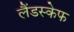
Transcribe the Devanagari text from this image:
लैंडस्केफ